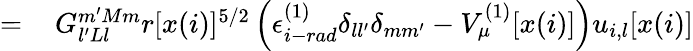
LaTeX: \begin{array}{rl}{=\, }&{{}G_{l^{\prime}Ll}^{m^{\prime}Mm}r[x(i)]^{5/2}\left(\epsilon_{i-rad}^{(1)}\delta_{ll^{\prime}}\delta_{mm^{\prime}}-V_{\mu}^{(1)}[x(i)]\right)u_{i,l}[x(i)]}\end{array}